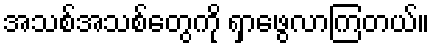
အသစ်အသစ်တွေကို ရှာဖွေလာကြတယ်။